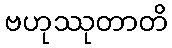
ဗဟုဿုတာတိ